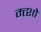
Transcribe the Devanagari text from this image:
म्त्शो